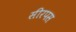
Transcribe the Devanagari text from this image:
सीरपस